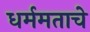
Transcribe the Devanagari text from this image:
धर्ममताचे